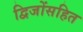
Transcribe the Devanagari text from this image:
द्विजोंसहित